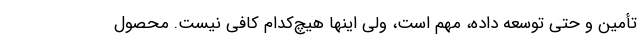
تأمین و حتی توسعه داده، مهم است، ولی اینها هیچ‌کدام کافی نیست. محصول